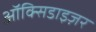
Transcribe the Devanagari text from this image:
ऑक्सिडाइज़र